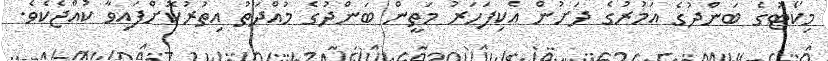
މިކޯޓުގެ ބަންދުގެ އަމުރުގެ ދަށުން އެކިފަހަރު މަތީން ބަންދުގެ މުއްދަތު އިތުރުކޮށްފައިވާ ކުއްޖެކެވެ.